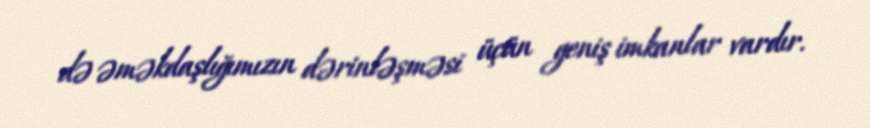
də əməkdaşlığımızın dərinləşməsi üçün geniş imkanlar vardır.